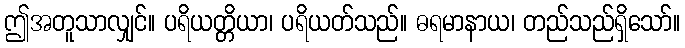
ဤအတူသာလျှင်။ ပရိယတ္တိယာ၊ ပရိယတ်သည်။ ဓရမာနာယ၊ တည်သည်ရှိသော်။